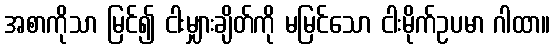
အစာကိုသာ မြင်၍ ငါးမျှားချိတ်ကို မမြင်သော ငါးမိုက်ဥပမာ ဂါထာ။